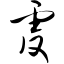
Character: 虔